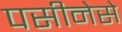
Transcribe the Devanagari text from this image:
पसीनेसे